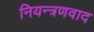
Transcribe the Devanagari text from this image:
नियन्त्रणवाद